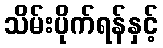
သိမ်းပိုက်ရန်နှင့်